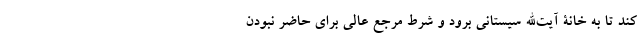
کند تا به خانۀ آیت‌الله سیستانی برود و شرط مرجع عالی برای حاضر نبودن